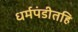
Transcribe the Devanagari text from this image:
धर्मपंडीतहि